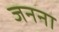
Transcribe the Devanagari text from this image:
जनना